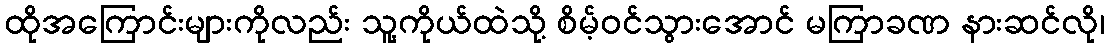
ထိုအကြောင်းများကိုလည်း သူ့ကိုယ်ထဲသို့ စိမ့်ဝင်သွားအောင် မကြာခဏ နားဆင်လို၊